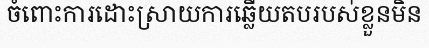
ចំពោះការដោះស្រាយការឆ្លើយតបរបស់ខ្លួនមិន